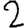
Digit: 2